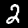
Digit: 2